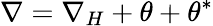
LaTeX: \nabla=\nabla_{H}+\theta+\theta^{*}